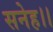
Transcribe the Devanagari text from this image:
सनेह।।